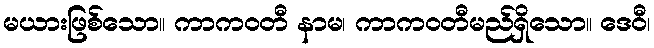
မယားဖြစ်သော။ ကာကဝတီ နာမ၊ ကာကဝတီမည်ရှိသော။ ဒေဝီ၊